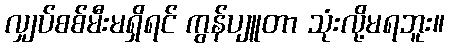
လျှပ်စစ်မီးမရှိရင် ကွန်ပျူတာ သုံးလို့မရဘူး။